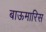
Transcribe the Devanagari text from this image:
बाऊमारिस